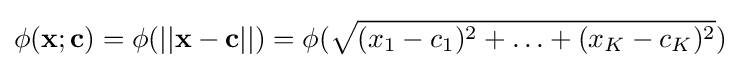
\phi (\mathbf {x} ;\mathbf {c} )=\phi (||\mathbf {x} -\mathbf {c} ||)=\phi ({\sqrt {(x_{1}-c_{1})^{2}+\ldots +(x_{K}-c_{K})^{2}}})